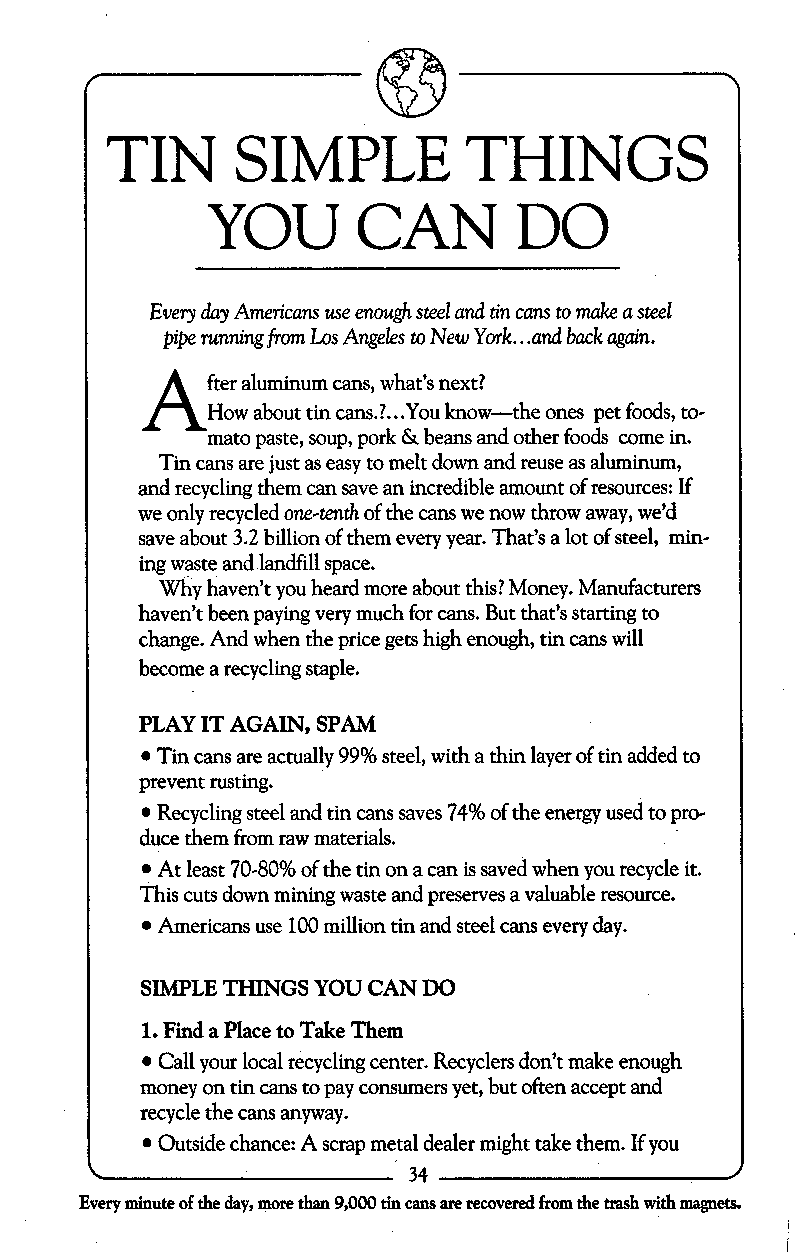
TIN      SIMPLE         THINGS
 YOU       CAN       DO
 Every day Americans use enough steel and tin cans to make a steel
 pipe running from Los Angeles to New York... and back again.
 A"
 er aluminum cans, what's next?
 .
 How about tin cans.?. .You know-the ones pet foods, to-
 mato paste, soup, pork &beans and other foods come in.
 Tin cans are just as easy to melt down and reuse as aluminum,
 and recycling them can save an incredible amount of resources: If
 we only recycled one-tenth of the cans we now throw away, we'd
 save about 3.2 billion of them every year. That's a lot of steel, min-
 ing waste and landfill space.
 Why haven't you heard more about this? Money. Manufacturers
 haven't been paying very much for cans. But that's starting to
 change. And when the price gets high enough, tin cans will
 become a recycling staple.
 PLAY IT AGAIN, SPAM
 Tin cans are actually 99% steel, with a thin layer of tin added to
 prevent rusting.
 Recycling steel and tin cans saves 74% of the energy used to pro-
 duce them from raw materials.
 At least 70-80% of the tin on a can is saved when you recycle it.
 This cuts down mining waste and preserves a valuable resource.
 Americans use 100 million tin and steel cans every day.
 SIMPLE THINGS YOU CAN DO
 1. Find a Place to Take Them
 Call your local recycling center. Recyclers don't make enough
 money on tin cans to pay consumers yet, but often accept and
 recycle the cans anyway.
 Outside chance: A scrap metal dealer might take them. If you
 L                    34
 Every minute of the day, more than 9,000 tin cans are recovered from the trash with magnets.